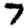
Digit: 7